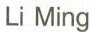
LiMing